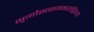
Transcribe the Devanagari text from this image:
भृगोस्त्वजनयद्विव्या